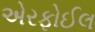
એરફોઈલ